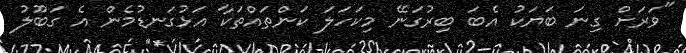
"ވަރަށް ގިނަ ބަޔަކު އެބަ ބިރުގަނޭ މިކަހަލަ ކަންތައްތަކާ އަޅުގަނޑުމެން އެ ގަބޫލު